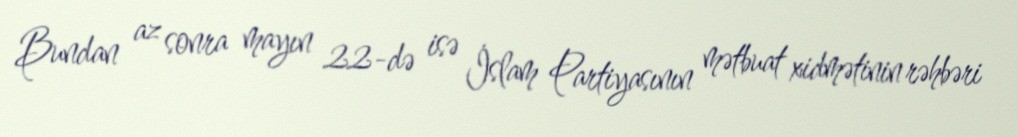
Bundan az sonra mayın 22-də isə İslam Partiyasının mətbuat xidmətinin rəhbəri